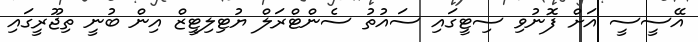
އޭސީސީ އަށް ފޮނުވި ސިޓީގައި ސައުތު ސެންޓްރަލް ޔުޓިލިޓީޒް އިން ބުނީ ތިޖޫރީގައި